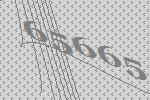
65665